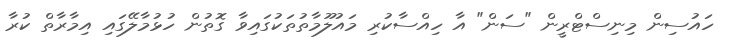
ހައުސިން މިނިސްޓްރީން "ސަން" އާ ހިއްސާކުރި މައުލޫމާތުތަކުގައިވާ ގޮތުން ހުޅުމާލޭގައި އިމާރާތް ކުރާ